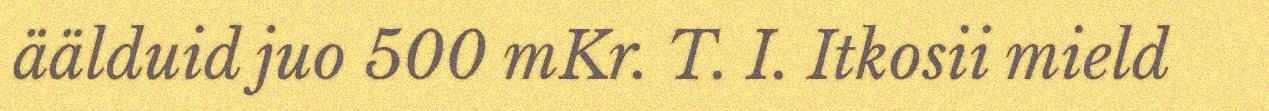
äälduid juo 500 mKr. T. I. Itkosii mield